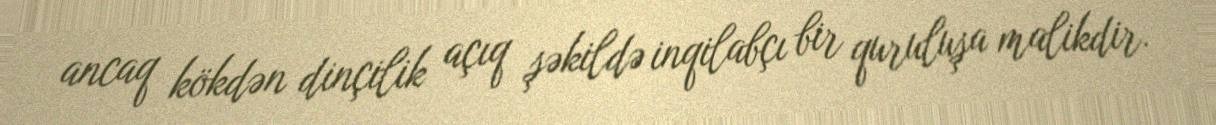
ancaq kökdən dinçilik açıq şəkildə inqilabçı bir quruluşa malikdir.